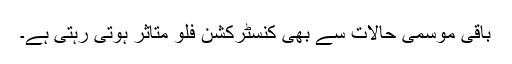
باقی موسمی حالات سے بھی کنسٹرکشن فلو متاثر ہوتی رہتی ہے۔